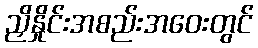
ညှိနှိုင်းအစည်းအဝေးတွင်